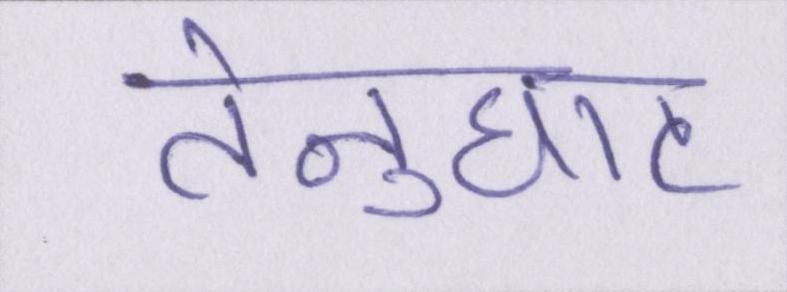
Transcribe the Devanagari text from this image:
तेनुघाट